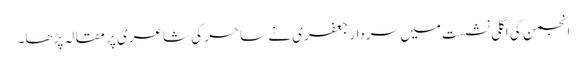
انجمن کی اگلی نشست میں سردار جعفری نے ساحر کی شاعری پر مقالہ پڑھا۔